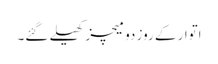
اتوار کے روز دو میچز کھیلے گئے۔